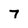
Character: 7